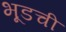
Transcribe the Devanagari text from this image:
भूडची